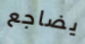
يضاجع